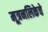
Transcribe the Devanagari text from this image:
मूत्रनलिकेचे